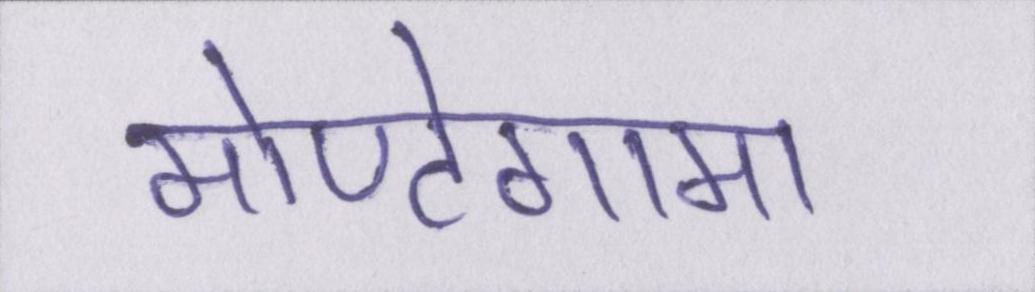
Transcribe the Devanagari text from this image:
मोण्टेगामा